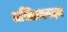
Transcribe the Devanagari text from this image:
अस्तित्त्वनदम